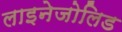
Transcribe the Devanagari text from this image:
लाइनेजोलिड